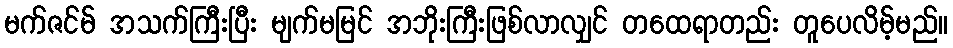
မက်ဇင်မ် အသက်ကြီးပြီး မျက်မမြင် အဘိုးကြီးဖြစ်လာလျှင် တထေရာတည်း တူပေလိမ့်မည်။